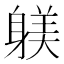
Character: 躾